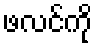
ဖလင်ကို